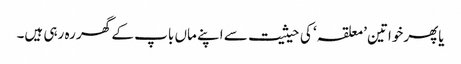
یاپھرخواتین ’معلقہ‘ کی حیثیت سے اپنے ماں باپ کے گھر رہ رہی ہیں۔